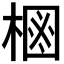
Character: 𱣶